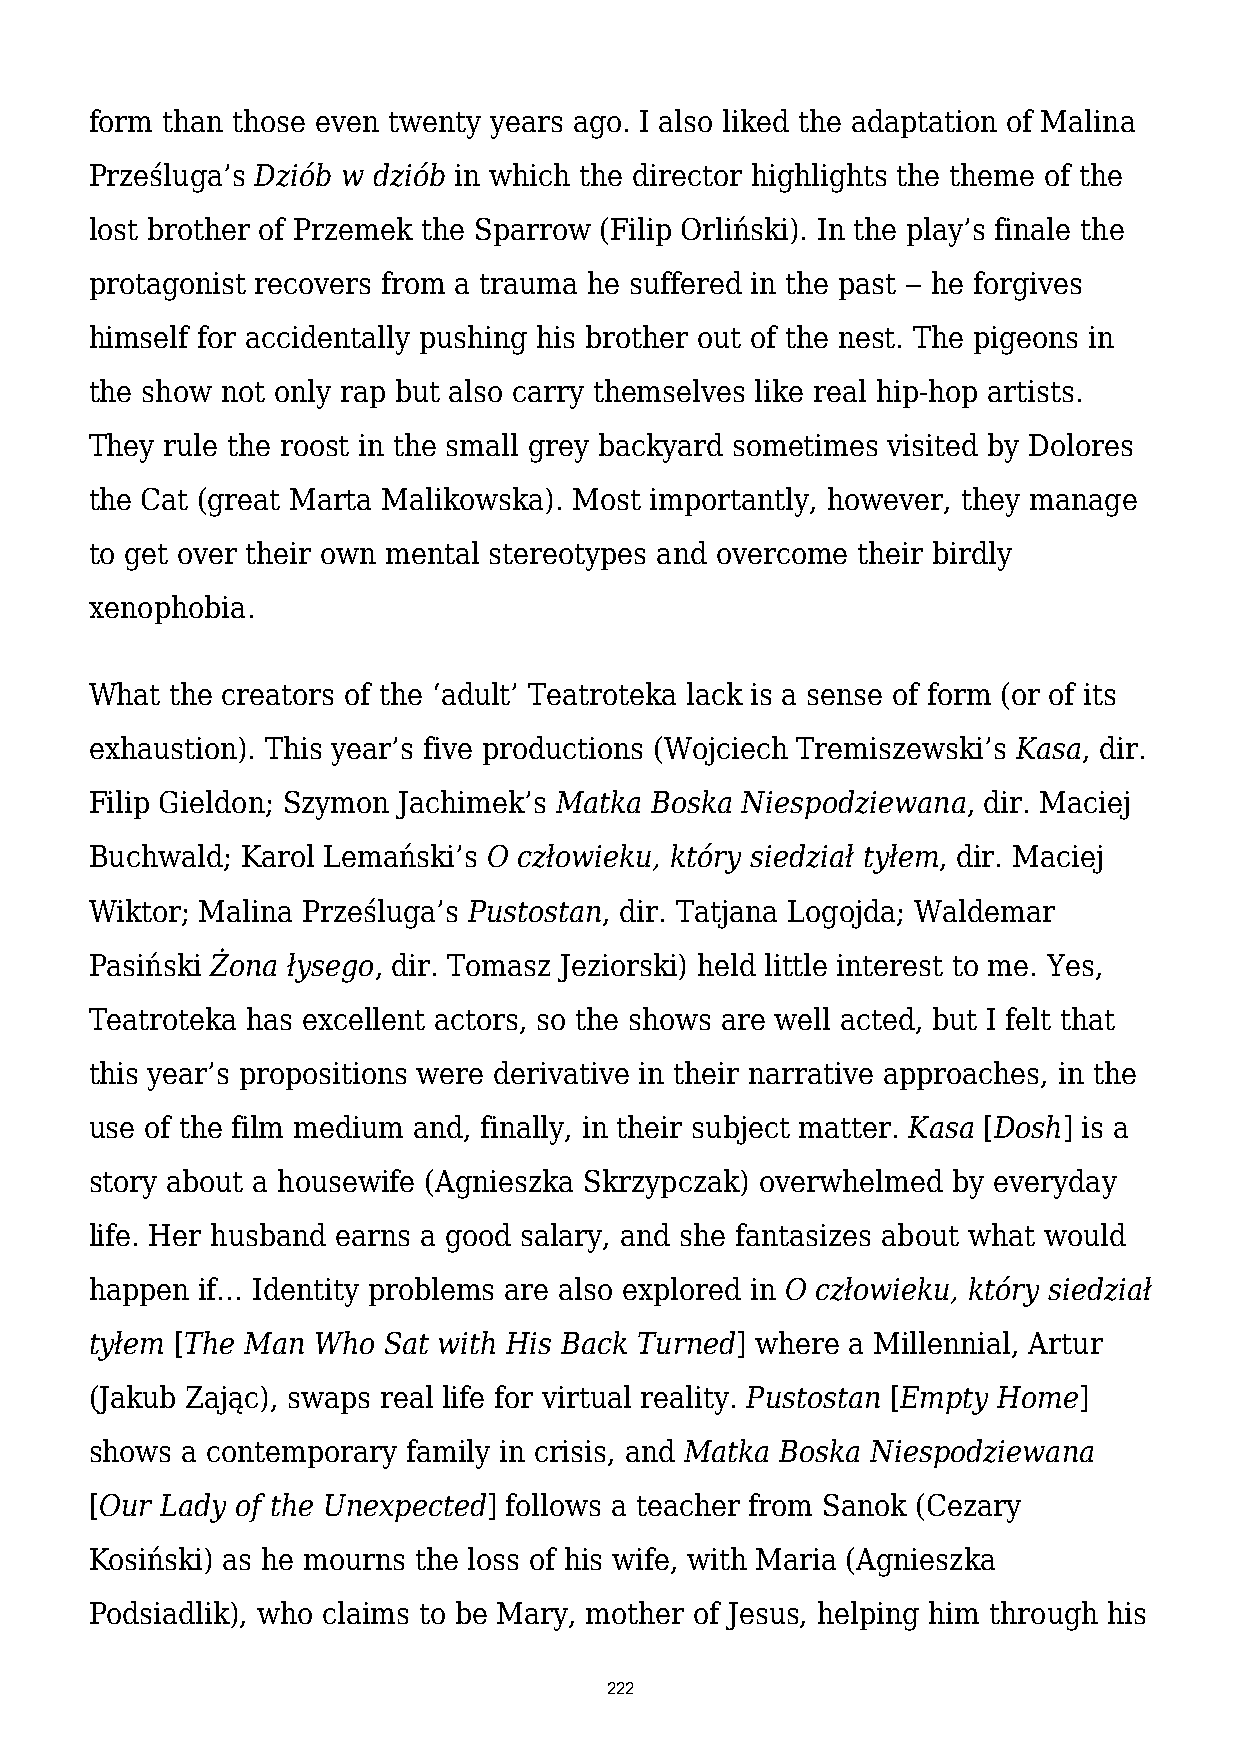
form than those even twenty years ago. I also liked the adaptation of Malina
 Prześluga’s Dziób w dziób in which the director highlights the theme of the
 lost brother of Przemek the Sparrow (Filip Orliński). In the play’s finale the
 protagonist recovers from a trauma he suffered in the past ‒ he forgives
 himself for accidentally pushing his brother out of the nest. The pigeons in
 the show not only rap but also carry themselves like real hip-hop artists.
 They rule the roost in the small grey backyard sometimes visited by Dolores
 the Cat (great Marta Malikowska). Most importantly, however, they manage
 to get over their own mental stereotypes and overcome their birdly
 xenophobia.
 What the creators of the ‘adult’ Teatroteka lack is a sense of form (or of its
 exhaustion). This year’s five productions (Wojciech Tremiszewski’s Kasa, dir.
 Filip Gieldon; Szymon Jachimek’s Matka Boska Niespodziewana, dir. Maciej
 Buchwald; Karol Lemański’s O człowieku, który siedział tyłem, dir. Maciej
 Wiktor; Malina Prześluga’s Pustostan, dir. Tatjana Logojda; Waldemar
 Pasiński Żona łysego, dir. Tomasz Jeziorski) held little interest to me. Yes,
 Teatroteka has excellent actors, so the shows are well acted, but I felt that
 this year’s propositions were derivative in their narrative approaches, in the
 use of the film medium and, finally, in their subject matter. Kasa [Dosh] is a
 story about a housewife (Agnieszka Skrzypczak) overwhelmed by everyday
 life. Her husband earns a good salary, and she fantasizes about what would
 happen if… Identity problems are also explored in O człowieku, który siedział
 tyłem [The Man Who Sat with His Back Turned] where a Millennial, Artur
 (Jakub Zając), swaps real life for virtual reality. Pustostan [Empty Home]
 shows a contemporary family in crisis, and Matka Boska Niespodziewana
 [Our Lady of the Unexpected] follows a teacher from Sanok (Cezary
 Kosiński) as he mourns the loss of his wife, with Maria (Agnieszka
 Podsiadlik), who claims to be Mary, mother of Jesus, helping him through his
 222